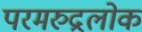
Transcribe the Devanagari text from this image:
परमरुद्रलोक